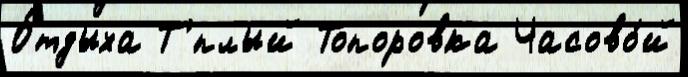
О́тдыха Т'́плый Топоровка Часово́й